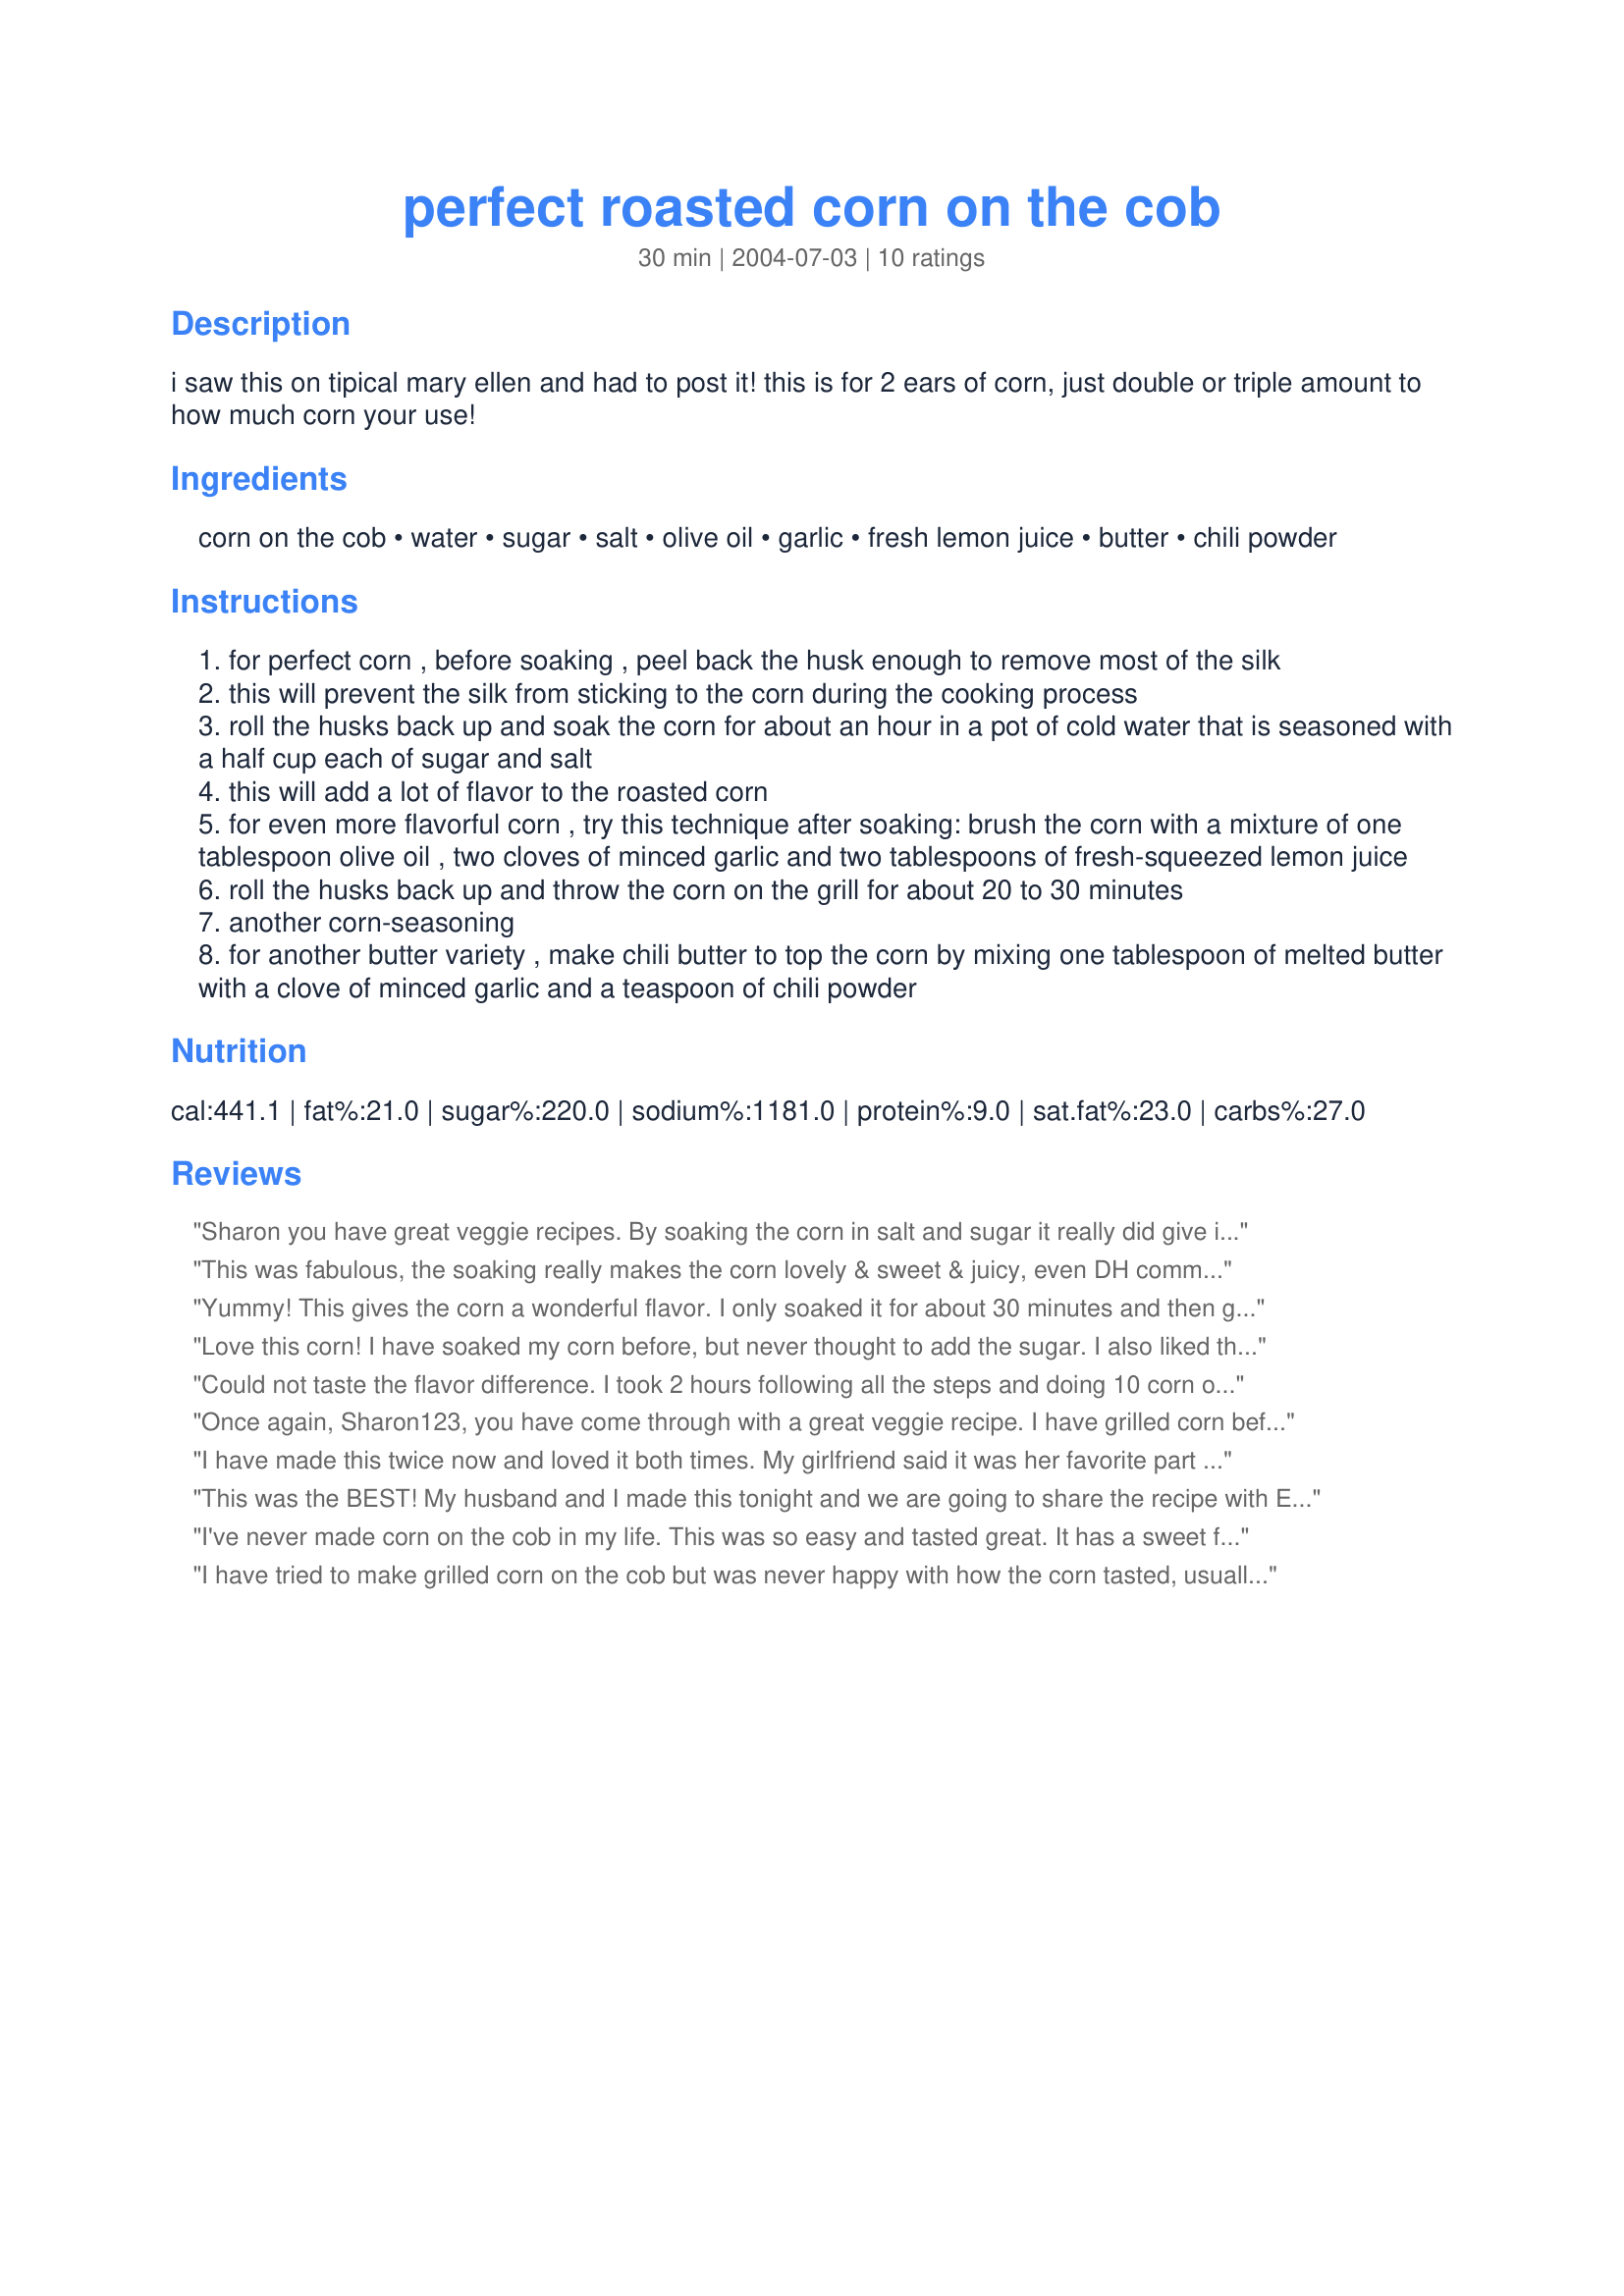
perfect roasted corn on the cob
Preparation time: 30 minutes

i saw this on tipical mary ellen and had to post it! this is for 2 ears of corn, just double or triple amount to how much corn your use!

Ingredients:
corn on the cob, water, sugar, salt, olive oil, garlic, fresh lemon juice, butter, chili powder

Steps:
for perfect corn , before soaking , peel back the husk enough to remove most of the silk
this will prevent the silk from sticking to the corn during the cooking process
roll the husks back up and soak the corn for about an hour in a pot of cold water that is seasoned with a half cup each of sugar and salt
this will add a lot of flavor to the roasted corn
for even more flavorful corn , try this technique after soaking: brush the corn with a mixture of one tablespoon olive oil , two cloves of minced garlic and two tablespoons of fresh-squeezed lemon juice
roll the husks back up and throw the corn on the grill for about 20 to 30 minutes
another corn-seasoning
for another butter variety , make chili butter to top the corn by mixing one tablespoon of melted butter with a clove of minced garlic and a teaspoon of chili powder

Reviews:
Sharon you have great veggie recipes. By soaking the corn in salt and sugar it really did give it great colour and flavour. I served with butter, salt and pepper. Thanks for posting.
This was fabulous, the soaking really makes the corn lovely & sweet & juicy, even DH commented, a keeper, thanks Sharon!
Yummy! This gives the corn a wonderful flavor. I only soaked it for about 30 minutes and then grilled for about 25 minutes. We made about 10 ears of corn this way. Grilling the corn really intensifies the sweetness. We just served with butter and salt and pepper. Excellent recipe!
Love this corn! I have soaked my corn before, but never thought to add the sugar. I also liked the suggestion of pulling back the husk and then grilling. DH ate 2 pieces of corn, we really enjoyed this and this may be our new corn recipe. Thanks for posting!
Could not taste the flavor difference. I took 2 hours following all the steps and doing 10 corn on the cobs. I was VERY liberal with the garlic, lemon, olive oil mixture. Me and my husband were disappointed, and we are not picky eaters.
Once again, Sharon123, you have come through with a great veggie recipe. I have grilled corn before, but never with the lemon juice. Thanks for the great recipe.
I have made this twice now and loved it both times. My girlfriend said it was her favorite part of our meal the other night. Thanks!
This was the BEST! My husband and I made this tonight and we are going to share the recipe with EVERYONE! We doubled the recipe and the corn was soooooo tender. I loved the flavor of the garlic on the corn, we will never make corn another way again. Thanks for the super recipe.
I've never made corn on the cob in my life. This was so easy and tasted great. It has a sweet flavor ... not like any other corn on the cob I've had. Thanks.
I have tried to make grilled corn on the cob but was never happy with how the corn tasted, usually dried out and non-sweet flavor. I think soaking the corn makes a huge difference in be able to successfully grill the corn. Thanks for sharing this great grilling recipe Sharon. Made for photo tag!!!
